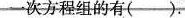
一次方程组的有( ).